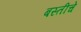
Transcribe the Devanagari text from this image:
बस्तीचे